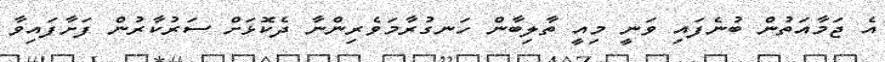
އެ ޖަމާއަތުން ބުނެފައި ވަނީ މިއީ ތާލިބާން ހަނގުރާމަވެރިންނާ ދެކޮޅަށް ސަރުކާރުން ފަށާފައިވާ